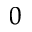
_ 0